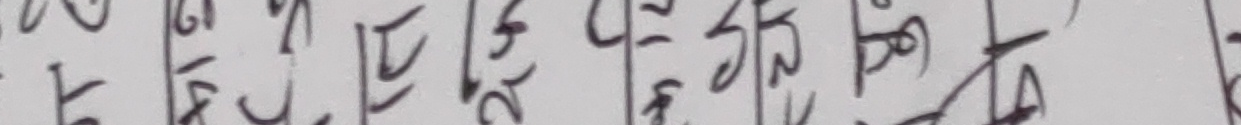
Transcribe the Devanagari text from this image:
लगाउछु